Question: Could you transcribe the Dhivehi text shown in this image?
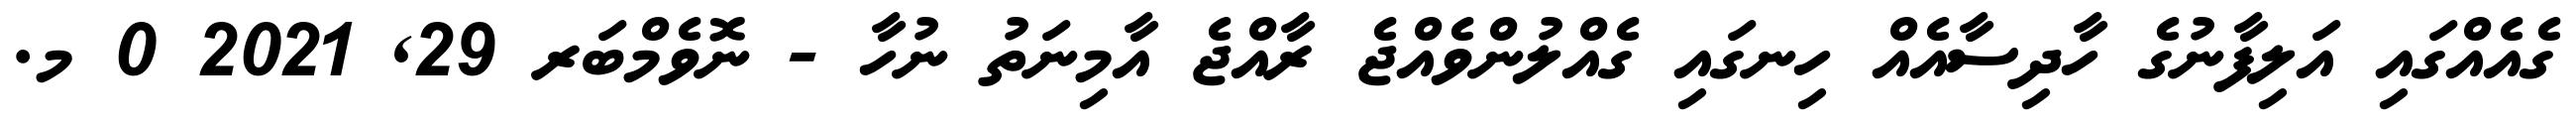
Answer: ގެއެއްގައި އަލިފާނުގެ ހާދިސާއެއް ހިނގައި ގެއްލުންވެއްޖެ ރާއްޖެ އާމިނަތު ނުހާ - ނޮވެމްބަރ 29, 2021 0 މ.